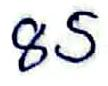
85